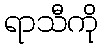
ရာသီကို